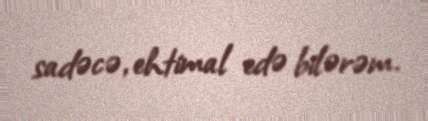
sadəcə, ehtimal edə bilərəm.